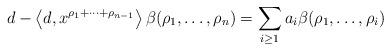
LaTeX: \begin{align*}d - \left\langle d , x^{\rho_1 + \cdots + \rho_{n-1}} \right\rangle \beta(\rho_1 , \dots , \rho_n) = \sum_{i \geq 1} a_i \beta(\rho_1, \dots , \rho_i)\end{align*}